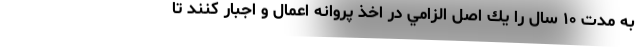
به مدت ١٠ سال را يك اصل الزامي در اخذ پروانه اعمال و اجبار کنند تا